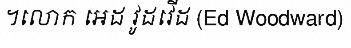
។លោក អេដ វូដវើដ (Ed Woodward)